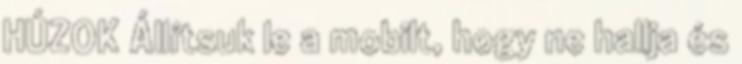
HÚZOK Állítsuk le a mobilt, hogy ne hallja és